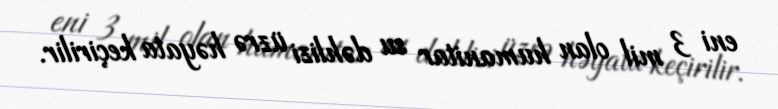
eni 3 mil olan humanitar su dəhlizi üzrə həyata keçirilir.